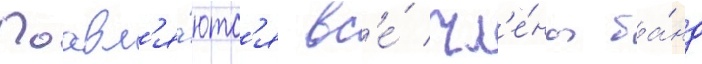
Поавл'я́ютс'я вс'е́ чл'е́ны ба́нд